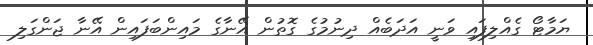
ޔަމާޓޯ ގެއްލިފައި ވަނީ އަދަބެއް ދިނުމުގެ ގޮތުން އޭނާގެ މައިންބަފައިން އޭނާ ޖަންގަލި